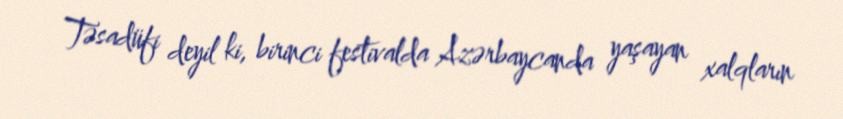
Təsadüfi deyil ki, birinci festivalda Azərbaycanda yaşayan xalqların